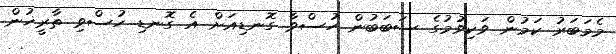
މެމަބަރު ކަމުން ވަކިވުމުގެ ސަބަބުން ހުސްވާ ގޮނޑިއަށް އެ ގޮނޑި ހުސްވި ތާރީޚުން